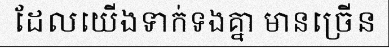
ដែលយើងទាក់ទងគ្នា មានច្រើន